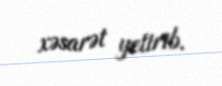
xəsarət yetirib.